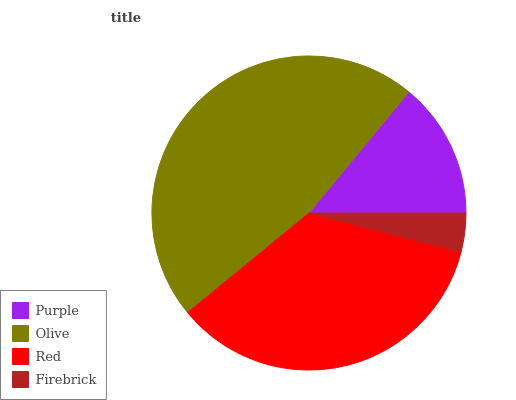
| Purple | Olive | Red | Firebrick |
 | --- | --- | --- | --- |
 | 14% | 47% | 35% | 4% |